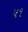
પ૧